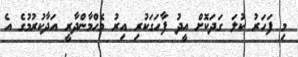
މި ފަހަރު ކުލަ ގަދަކޮށް އީދު ފާހަގަކުރި އިރު މެހްމާންދާރީ އަދާކުރުމުގެ އެ